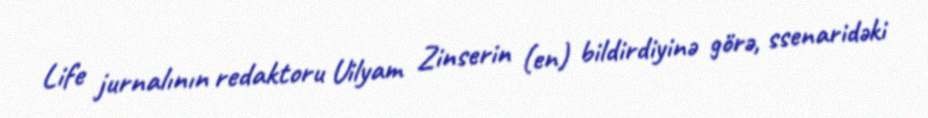
Life jurnalının redaktoru Uilyam Zinserin (en) bildirdiyinə görə, ssenaridəki